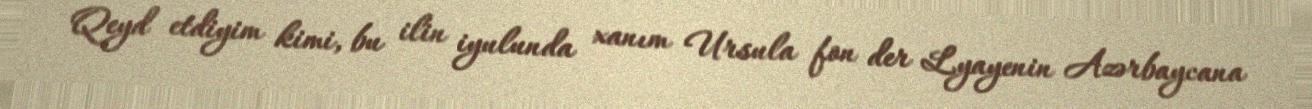
Qeyd etdiyim kimi, bu ilin iyulunda xanım Ursula fon der Lyayenin Azərbaycana